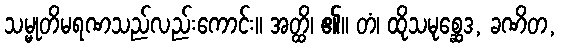
သမ္မုတိမရဏသည်လည်းကောင်း။ အတ္ထိ၊ ၏။ တံ၊ ထိုသမုစ္ဆေဒ, ခဏိတ,